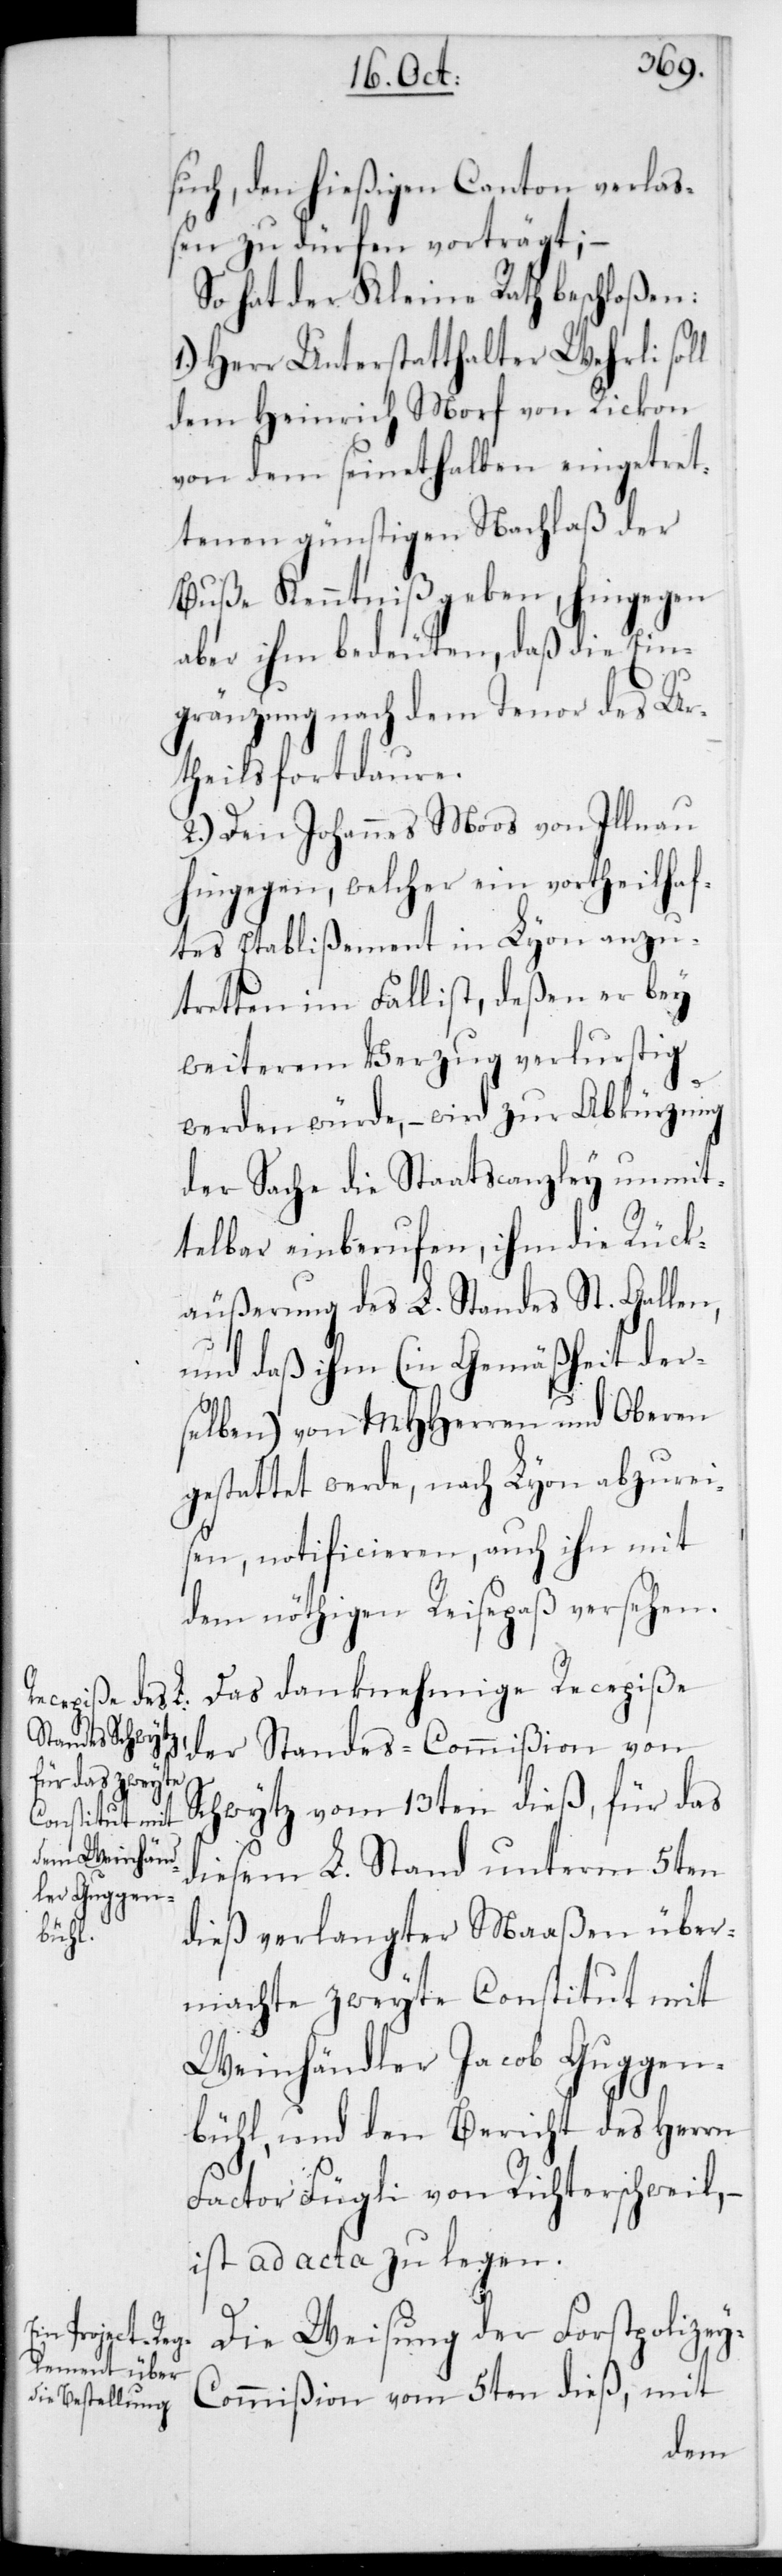
y-C¬

such, den hießigen Canton verlaß¬
en zu dürfen, vorträgt; –
so hat der Kleine Rath beschloßen:
1.) Herr Unterstatthalter Wehrli soll
dem Heinrich Morf von Rickon
von dem seinethalben eingetret¬
tenen günstigen Nachlaß der
Buße Kenntniß geben, hingegen
aber ihm bedeuten, daß die Ein¬
gränzung nach dem Tenor des Ur¬
theils fortdaure.
2.) Den Johannes Moos von Illnau
hingegen, welcher ein vortheilhaf¬
tes Etablißement in Lyon anzu¬
tretten im Fall ist, deßen er bey
weiterem Verzug verlustig
werden würde, – wird zur Abkürzung
der Sache die Staatscanzley unmit¬
telbar einberufen, ihm die Rück¬
äußerung des L. Standes St. Gallen,
und daß ihm (in Gemäßheit der¬
selben) von MHHerren und Oberen
gestattet werde, nach Lyon abzurei¬
sen, notificieren, auch ihn mit
dem nöthigen Reisepaß versehen.
Das danknehmige Recepiße
derStandes-Commißion von
Schwytz vom 13ten dieß, für das
diesem L. Stand unterm 5ten
dieß verlangter Maaßen über¬
machte zweyte Constitut mit
Weinhändler Jacob Guggen¬
bühl, und den Bericht des Herrn
Factor Fügli von Richterschweil, –
ist ad acta zu legen.
Die Weisung der Forstpolize¬
ommißion vom 5ten dieß, mit